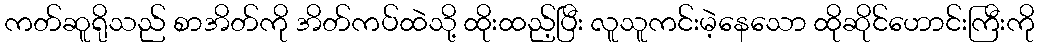
ကတ်ဆူရိုသည် စာအိတ်ကို အိတ်ကပ်ထဲသို့ ထိုးထည့်ပြီး လူသူကင်းမဲ့နေသော ထိုဆိုင်ဟောင်းကြီးကို